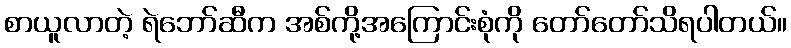
စာယူလာတဲ့ ရဲဘော်ဆီက အစ်ကို့အကြောင်းစုံကို တော်တော်သိရပါတယ်။